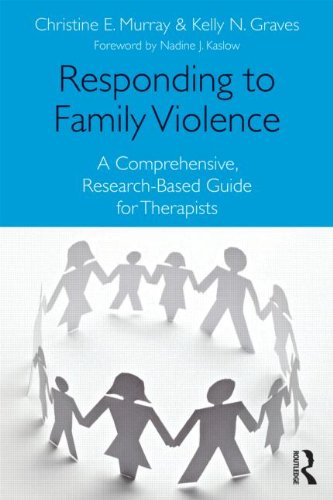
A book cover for Responding to Family Violence: A Comprehensive, Research-Based Guide for Therapists; Christine E. Murray; Parenting & Relationships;